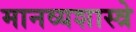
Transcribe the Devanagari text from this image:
मानव्यशास्त्रे